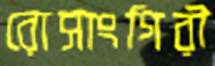
রোসাংগিরী